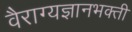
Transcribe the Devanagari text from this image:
वैराग्यज्ञानभक्ती